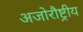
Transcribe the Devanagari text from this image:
अजोरौष्ट्रीय